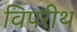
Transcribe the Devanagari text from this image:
विपरीथ